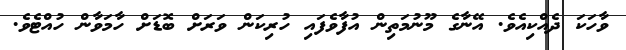
ވާހަކަ ދެއްކިއެވެ. އޭނާގެ މޫނުމަތިން އުފާވެފައި ހުރިކަން ވަރަށް ބޮޑަށް ހާމަވާން ހުއްޓެވެ.